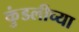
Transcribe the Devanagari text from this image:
कुंडलीच्या